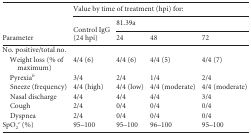
| <ROWSPAN=3> Parameter | <COLSPAN=4> Value by time of treatment (hpi) for: |
 | <ROWSPAN=2> Control IgG (24 hpi) | <COLSPAN=3> 81.39a |
 | 24 | 48 | 72 |
 | --- | --- | --- | --- | --- |
 | No. positive/total no. |  |  |  |  |
 | Weight loss (% of maximum) | 4/4 (6) | 4/4 (6) | 4/4 (5) | 4/4 (7) |
 | Pyrexiab | 3/4 | 2/4 | 1/4 | 2/4 |
 | Sneeze (frequency) | 4/4 (high) | 4/4 (low) | 4/4 (moderate) | 4/4 (moderate) |
 | Nasal discharge | 4/4 | 4/4 | 4/4 | 3/4 |
 | Cough | 2/4 | 0/4 | 0/4 | 0/4 |
 | Dyspnea | 2/4 | 0/4 | 0/4 | 0/4 |
 | SpO2c (%) | 95–100 | 95–100 | 96–100 | 95–100 |